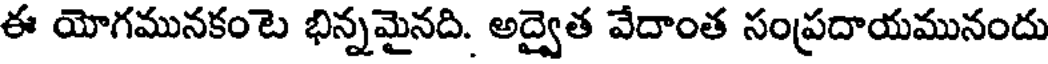
ఈ యోగమునకంటె భిన్నమైనది. అద్వైత వేదాంత సంప్రదాయమునందు